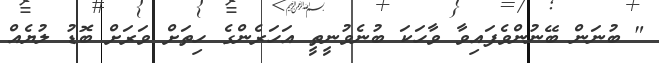
" ބުނަން ބޭނުންވެފައިވާ ވާހަކަ ބުނެވުނީތީ އަހަރެންގެ ހިތަށް ވަރަށް ބޮޑު ލުޔެއް